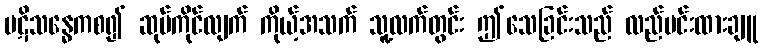
ပဋိသန္ဓေကစ၍ ဆုပ်ကိုင်လျက် ကိုယ့်အသက် သူ့လက်တွင်း ဤသေခြင်းသည် လည်ပင်းထားချူ